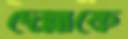
দেল্লাকে